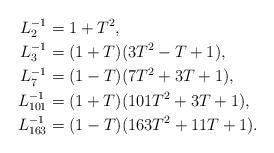
LaTeX: \begin{align*} L_2^{-1}&=1+T^2,\\ L_3^{-1}&=(1+T) (3T^2 - T + 1),\\ L_7^{-1}&=(1-T) (7T^2 + 3T + 1),\\ L_{101}^{-1}&=(1+T) (101T^2 + 3T + 1),\\ L_{163}^{-1}&=(1-T) (163T^2 + 11T + 1). \end{align*}